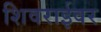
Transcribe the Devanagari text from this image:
शिवराईवर